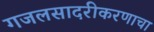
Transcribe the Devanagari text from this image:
गजलसादरीकरणाचा